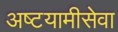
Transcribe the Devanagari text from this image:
अष्टयामीसेवा